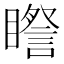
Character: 𥋯